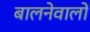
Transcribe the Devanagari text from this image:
बालनेवालों